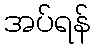
အပ်ရန်